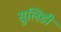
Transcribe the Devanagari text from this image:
सुलिडी